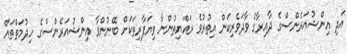
އަދި އިންޝުއަރެންސްގެ ދާއިރާގެ ވާދަވެރިކަން އިތުރުވެ ރައްޔިތުންނާ ވިޔަފާރިތަކަށް ބޭނުންވާ އިންޝުއަރެންސްގެ ހިދުމަތްތައް